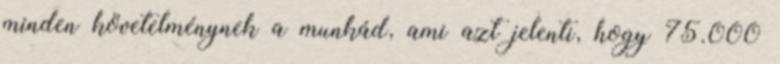
minden követelménynek a munkád, ami azt jelenti, hogy 75.000